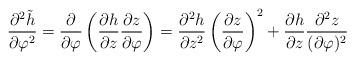
LaTeX: \begin{align*}\frac{\partial^{2}\tilde{h}}{\partial\varphi^{2}}=\frac{\partial}{\partial\varphi}\left(\frac{\partial h}{\partial z}\frac{\partial z}{\partial\varphi}\right)=\frac{\partial^{2}h}{\partial z^{2}}\left(\frac{\partial z}{\partial\varphi}\right)^{2}+\frac{\partial h}{\partial z}\frac{\partial^{2}z}{(\partial\varphi)^{2}}\end{align*}